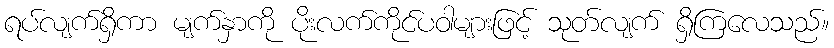
ရပ်လျက်ရှိကာ မျက်နှာကို ပိုးလက်ကိုင်ပဝါများဖြင့် သုတ်လျက် ရှိကြလေသည်။